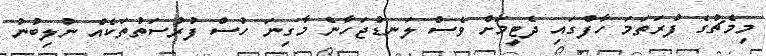
މިމެޗުގެ ފުރަތަމަ ހާފްގައި ދެޓީމަށް ވެސް ލަނޑުޖަހާނެ މާގިނަ ހުސް ފުރުސަތުތަކެއް ނުލިބުނު